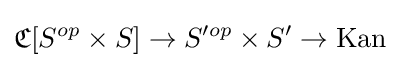
{\mathfrak {C}}[S^{op}\times S]\to S'^{op}\times S'\to \mathrm {Kan}